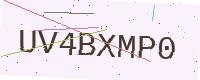
Text: UV4BXMP0